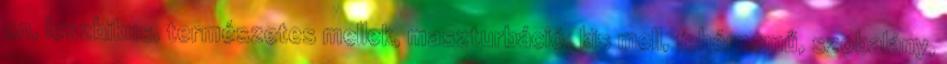
on, leszbikus, természetes mellek, maszturbáció, kis mell, fehérnemű, szobalány,